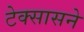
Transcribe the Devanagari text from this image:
टेक्सासने